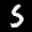
Label: 5